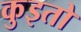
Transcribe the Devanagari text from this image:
कुइतो